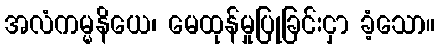
အလံကမ္မနိယေ၊ မေထုန်မှုပြုခြင်းငှာ ခံ့သော။